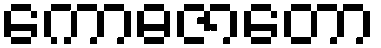
ကောဓဇာတော